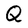
Character: Q